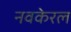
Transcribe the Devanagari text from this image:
नवकेरल